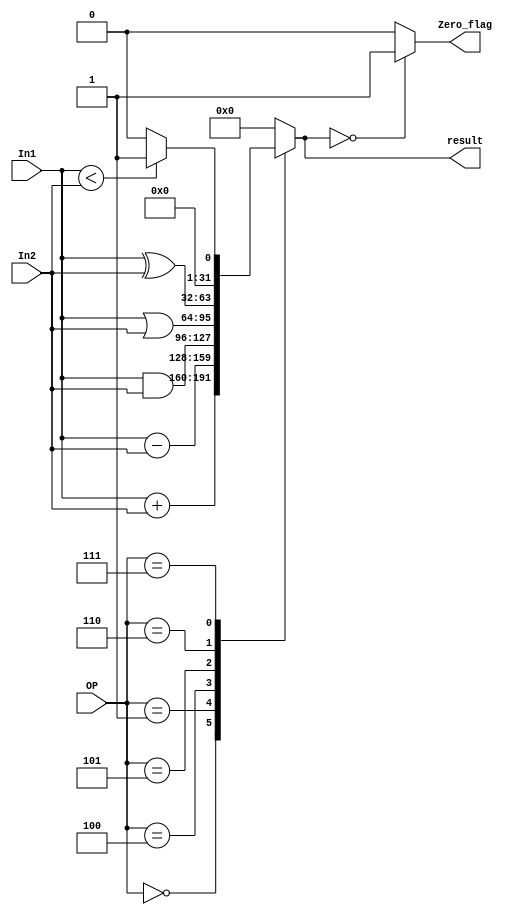
// Universidade Federal Rural de Pernambuco
// Curso: Licenciatura em Computao
// Disciplina: Arquitetura de Computadores
// Professor: Victor Coutinho
// Alunos: Csar Henrique, Kleyton Clementino, Huan Christopher
// Atividade Prtica 2 VA

module ula (input [31:0]In1,In2, input [3:0]OP, output [31:0]result, output reg Zero_flag);
    reg [31:0] o_result;
    assign result =o_result;  // Aqui ser enviado o valor da funo escolhida

    always @ (*)begin	
        case(OP)
            4'b0000:o_result= In1+In2; // soma
            4'b0001:o_result= In1-In2; // subtrao
            4'b0010:o_result= 0; // multiplicao
            4'b0011:o_result= 0; // diviso
            4'b0100:o_result= In1&In2; // and
            4'b0101:o_result= In1|In2; // or
            4'b0110:o_result= In1^In2; // xor
            4'b0111:
            begin
                if(In1<In2)
                begin
                    o_result=1;
                end
                else o_result=0;
            end
            4'b1000:o_result= 0;
            default: o_result= 0; 
        endcase
    end

    always@(o_result) begin
        if(o_result==0)Zero_flag=1;
        else Zero_flag=0;
    end
endmodule